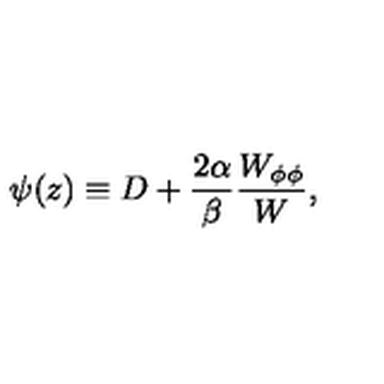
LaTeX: \psi ( z ) \equiv D + { \frac { 2 \alpha } { \beta } } { \frac { W _ { \phi \phi } } { W } } ,